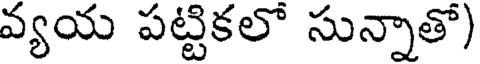
వ్యయ పట్టికలో సున్నాతో)